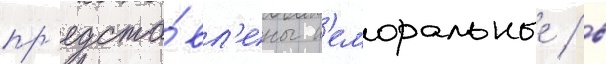
пр'едста́вл'ены н'еморальные / в